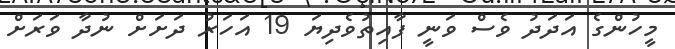
މީހުންގެ އަދަދު ވެސް ވަނީ ފާއިތުވެދިޔަ 19 އަހަރު ދަށަށް ނުދާ ވަރަށް